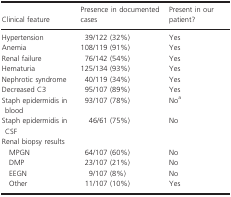
| Clinical feature | Presence in documented cases | Present in our patient? |
 | --- | --- | --- |
 | Hypertension | 39/122 (32%) | Yes |
 | Anemia | 108/119 (91%) | Yes |
 | Renal failure | 76/142 (54%) | Yes |
 | Hematuria | 125/134 (93%) | Yes |
 | Nephrotic syndrome | 40/119 (34%) | Yes |
 | Decreased C3 | 95/107 (89%) | Yes |
 | Staph epidermidis in blood | 93/107 (78%) | Noa |
 | Staph epidermidis in CSF | 46/61 (75%) | No |
 | <COLSPAN=3> Renal biopsy results |
 | MPGN | 64/107 (60%) | No |
 | DMP | 23/107 (21%) | No |
 | EEGN | 9/107 (8%) | No |
 | Other | 11/107 (10%) | Yes |